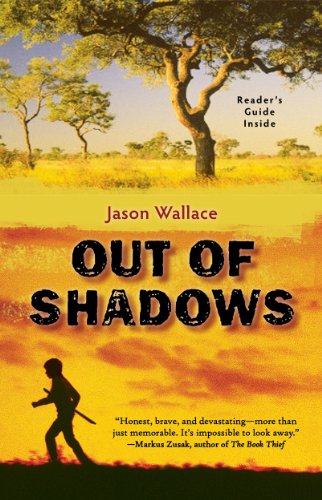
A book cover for Out of Shadows; Jason Wallace; Teen & Young Adult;